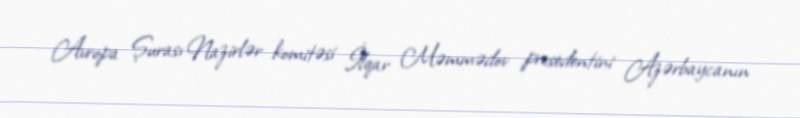
Avropa Şurası Nazirlər komitəsi İlqar Məmmədov presedentini Azərbaycanın